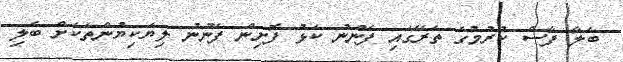
ބަލާ ފާސް ކުރުމުގެ ތެރޭގައި ފެނުނު ކަޅު ފޮށިން ފެނުނު ލިޔެކިޔުންތަކަށް ބެލި